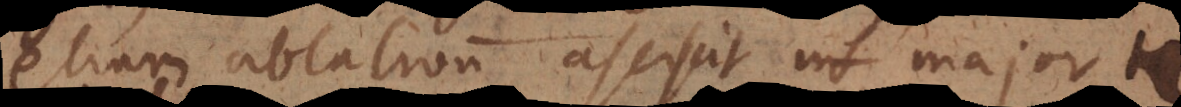
etiam ablativum asciscit ut major t